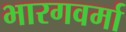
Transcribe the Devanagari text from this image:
भारगवर्मा